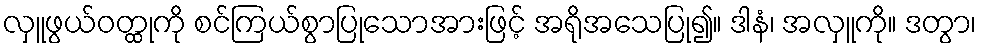
လှူဖွယ်ဝတ္ထုကို စင်ကြယ်စွာပြုသောအားဖြင့် အရိုအသေပြု၍။ ဒါနံ၊ အလှူကို။ ဒတွာ၊